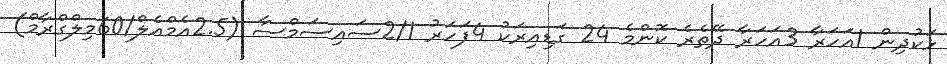
ޅަކުދިން 1އަހަރާ 3އަހަރާ ދޭތެރެ ކޮންމެ 24 ގަޑިއިރަކު 4ފަހަރު 2/1ސައިސަމްސާ (2.5އެމްއެލް/60މިލްގްރާމް)